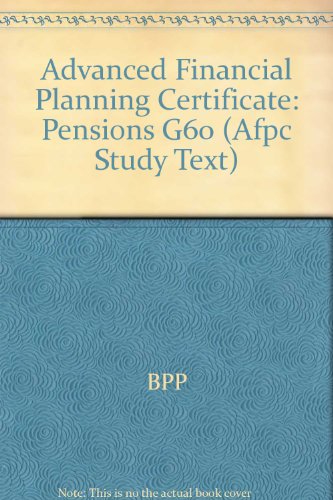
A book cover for Advanced Financial Planning Certificate: Pensions G60; BPP; Business & Money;